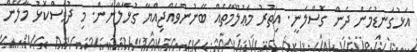
އަޅުގަނޑުމެން ދެން ގޮސްލަނީ. އިތުރު މަޢުލޫމާތެއް ބޭނުންވެއްޖިއްޔާ ގުޅާލާނަން. މި ދުވަސްކޮޅު މާލޭން